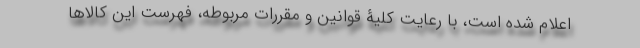
اعلام شده است، با رعایت کلیۀ قوانین و مقررات مربوطه، فهرست این کالاها